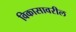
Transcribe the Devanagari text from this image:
विकासावरील